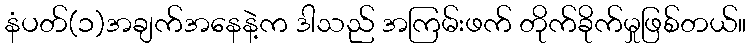
နံပတ်(၁)အချက်အနေနဲ့က ဒါသည် အကြမ်းဖက် တိုက်ခိုက်မှုဖြစ်တယ်။